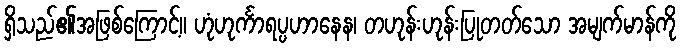
ရှိသည်၏အဖြစ်ကြောင့်။ ဟုံဟုင်္ကာရပ္ပဟာနေန၊ တဟုန်းဟုန်းပြုတတ်သော အမျက်မာန်ကို